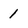
Character: 1